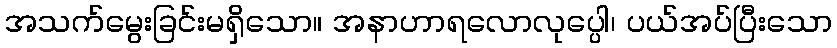
အသက်မွေးခြင်းမရှိသော။ အနာဟာရလောလုပ္ပေါ၊ ပယ်အပ်ပြီးသော